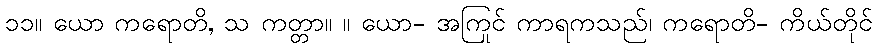
၁၁။ ယော ကရောတိ, သ ကတ္တာ။ ။ ယော- အကြင် ကာရကသည်၊ ကရောတိ- ကိုယ်တိုင်